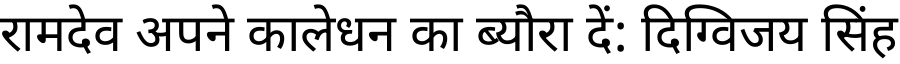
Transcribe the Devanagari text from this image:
रामदेव अपने कालेधन का ब्यौरा दें: दिग्विजय सिंह